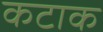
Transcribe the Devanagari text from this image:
कटाक